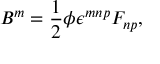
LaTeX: B ^ { m } = \frac 1 2 \phi \epsilon ^ { m n p } F _ { n p } ,